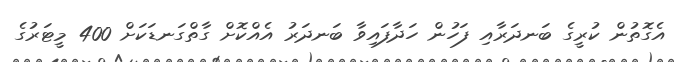
އެގޮތުން ކުރީގެ ބަނދަރާއި ފަހުން ހަދާފައިވާ ބަނދަރު އެއްކޮށް ގާތްގަނޑަކަށް 400 މީޓަރުގެ